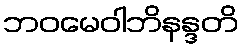
ဘဝမေဝါဘိနန္ဒတိ